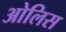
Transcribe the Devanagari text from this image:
ओलिस